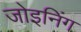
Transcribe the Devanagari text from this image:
जोइनिंग